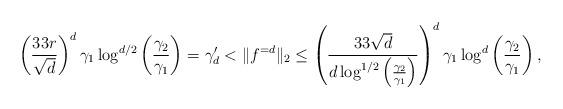
LaTeX: \begin{align*}\left(\frac{33 r}{\sqrt{d}}\right)^d \gamma_1 \log^{d/2}\left(\frac{\gamma_2}{\gamma_1}\right) = \gamma'_d < \|f^{=d}\|_2 \leq \left(\frac{33\sqrt{d}}{d \log^{1/2}\left(\frac{\gamma_2}{\gamma_1}\right)}\right)^{d} \gamma_1 \log^{d}\left(\frac{\gamma_2}{\gamma_1}\right),\end{align*}